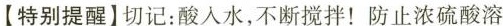
【特别提醒】切记：酸入水，不断搅拌！防止浓硫酸溶